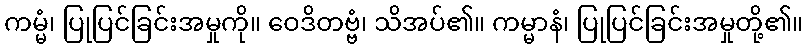
ကမ္မံ၊ ပြုပြင်ခြင်းအမှုကို။ ဝေဒိတဗ္ဗံ၊ သိအပ်၏။ ကမ္မာနံ၊ ပြုပြင်ခြင်းအမှုတို့၏။